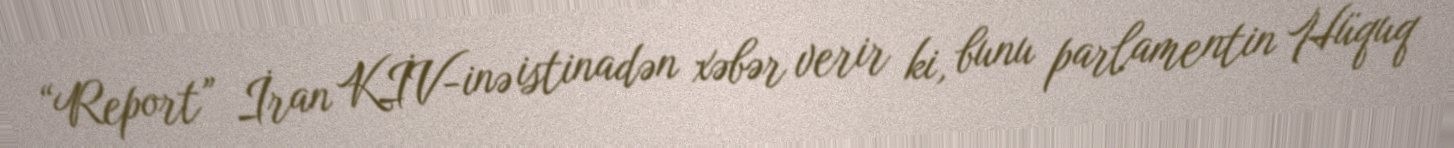
“Report” İran KİV-inə istinadən xəbər verir ki, bunu parlamentin Hüquq